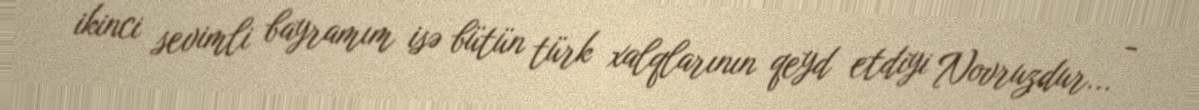
ikinci sevimli bayramım isə bütün türk xalqlarının qeyd etdiyi Novruzdur... -